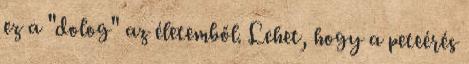
ez a "dolog" az életemből. Lehet, hogy a peteérés